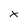
Character: X